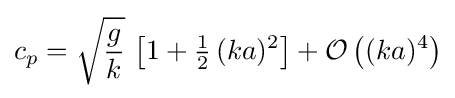
c_{p}={\sqrt {\frac {g}{k}}}\,\left[1+{\tfrac {1}{2}}\,(ka)^{2}\right]+{\mathcal {O}}\left((ka)^{4}\right)